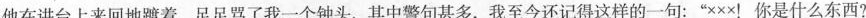
他在讲台上来回地踱着，足足骂了我一个钟头，其中警句甚多，我至今还记得这样的一句：“×××！你是什么东西?